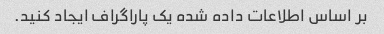
بر اساس اطلاعات داده شده یک پاراگراف ایجاد کنید.